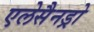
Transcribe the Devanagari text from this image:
एलेसैनड्रो